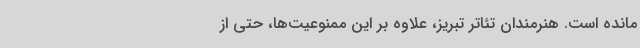
مانده است. هنرمندان تئاتر تبریز، علاوه بر این ممنوعیت‌ها، حتی از